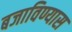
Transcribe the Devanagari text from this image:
बजाविण्यास